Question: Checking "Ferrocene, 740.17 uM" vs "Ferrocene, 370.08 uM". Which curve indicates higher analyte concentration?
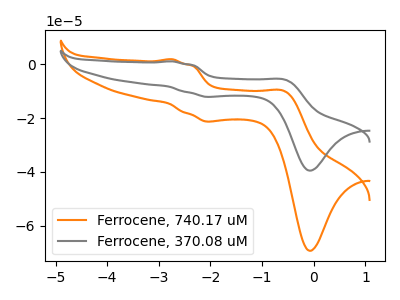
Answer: <think>The orange curve "Ferrocene, 740.17 uM" has anodic peaks at (-2.75V, 1.80uA) (-0.55V, -10.20uA) and cathodic peaks at (-2.10V, -21.30uA) (-0.10V, -69.25uA). The gray curve "Ferrocene, 370.08 uM" has anodic peaks at (-2.75V, 1.05uA) (-0.55V, -5.85uA) and cathodic peaks at (-2.10V, -12.15uA) (-0.10V, -39.50uA).
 All the peaks in "Ferrocene, 740.17 uM" have a peak in "Ferrocene, 370.08 uM" at the same potential.</think>
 <answer>I cant tell if "Ferrocene, 740.17 uM" or "Ferrocene, 370.08 uM" has higher concentration.</answer>
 <eval>mixed_concentration</eval>